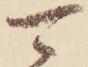
可